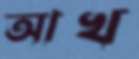
আখ